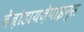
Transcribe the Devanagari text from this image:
बेंज़ोडायज़ेपाइन्स